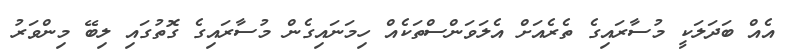
އެއް ބަދަލަކީ މުސާރައިގެ ތެރެއަށް އެލަވަންސްތަކެއް ހިމަނައިގެން މުސާރައިގެ ގޮތުގައި ލިބޭ މިންވަރު